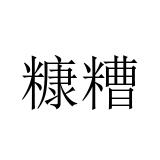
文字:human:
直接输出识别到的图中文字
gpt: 糠糟